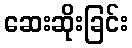
ဆေးဆိုးခြင်း